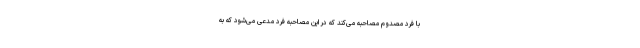
با فرد مصدوم مصاحبه می‌کند که در این مصاحبه فرد مدعی می‌شود که به